Document type: Acquittal of debt
Year: 1424
Scribe: Francesc de Casanoves
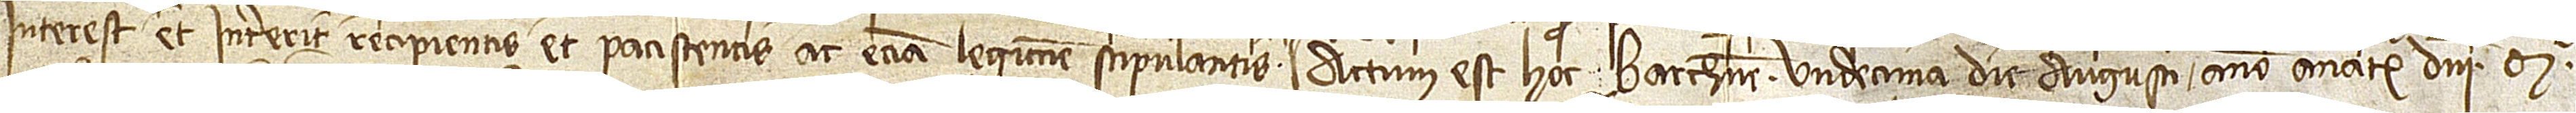
interest et intererit recipientis et paciscentis ac etiam legittime stipulantis. Actum est hoc Barchinone undecima die augusti, anno a Nativitate Domini Mº